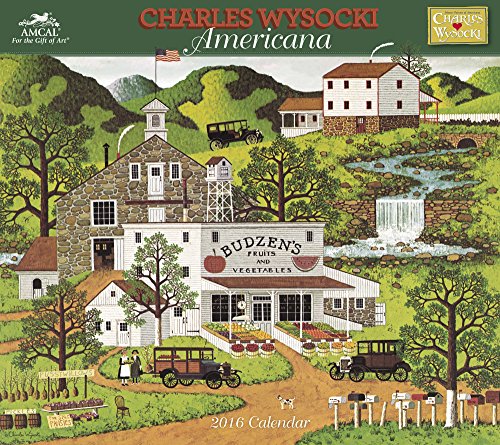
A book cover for Charles Wysocki - Americana Wall Calendar (2016); AMCAL; Calendars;